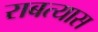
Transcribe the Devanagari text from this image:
राबत्यास